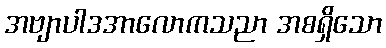
အဗျာပါဒအာလောကသညာ အစရှိသော